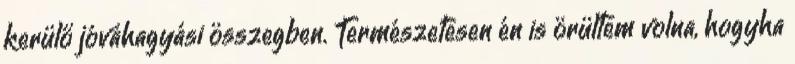
kerülő jóváhagyási összegben. Természetesen én is örültem volna, hogyha